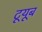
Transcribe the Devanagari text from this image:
टूयूब